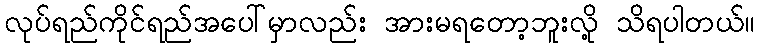
လုပ်ရည်ကိုင်ရည်အပေါ်မှာလည်း အားမရတော့ဘူးလို့ သိရပါတယ်။